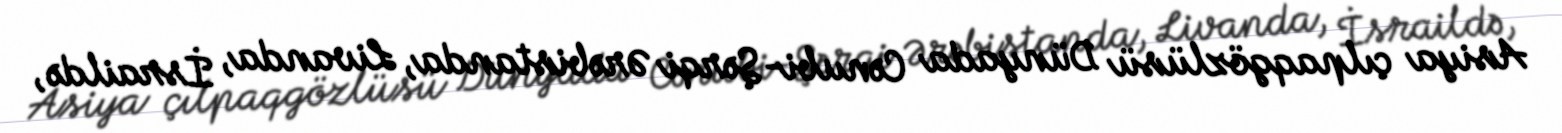
Asiya çılpaqgözlüsü Dünyada Cənubi-Şərqi Ərəbistanda, Livanda, İsraildə,